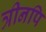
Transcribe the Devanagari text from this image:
त्रीनपि